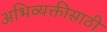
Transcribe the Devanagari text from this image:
अभिव्यक्तीसाठी